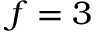
f = 3